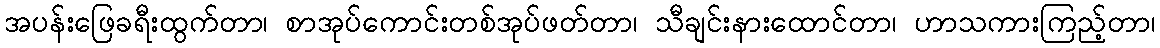
အပန်းဖြေခရီးထွက်တာ၊ စာအုပ်ကောင်းတစ်အုပ်ဖတ်တာ၊ သီချင်းနားထောင်တာ၊ ဟာသကားကြည့်တာ၊